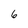
Character: 6